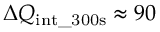
\Delta Q _ { \mathrm { i n t \_ 3 0 0 s } } \approx 9 0